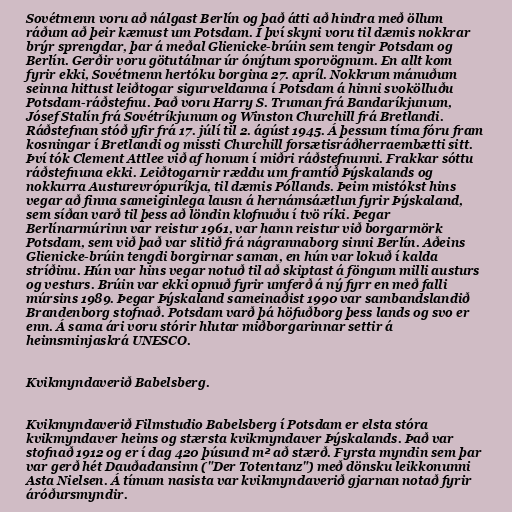
Sovétmenn voru að nálgast Berlín og það átti að hindra með öllum
ráðum að þeir kæmust um Potsdam. Í því skyni voru til dæmis nokkrar
brýr sprengdar, þar á meðal Glienicke-brúin sem tengir Potsdam og
Berlín. Gerðir voru götutálmar úr ónýtum sporvögnum. En allt kom
fyrir ekki, Sovétmenn hertóku borgina 27. apríl. Nokkrum mánuðum
seinna hittust leiðtogar sigurveldanna í Potsdam á hinni svokölluðu
Potsdam-ráðstefnu. Það voru Harry S. Truman frá Bandaríkjunum,
Jósef Stalín frá Sovétríkjunum og Winston Churchill frá Bretlandi.
Ráðstefnan stóð yfir frá 17. júlí til 2. ágúst 1945. Á þessum tíma fóru fram
kosningar í Bretlandi og missti Churchill forsætisráðherraembætti sitt.
Því tók Clement Attlee við af honum í miðri ráðstefnunni. Frakkar sóttu
ráðstefnuna ekki. Leiðtogarnir ræddu um framtíð Þýskalands og
nokkurra Austurevrópuríkja, til dæmis Póllands. Þeim mistókst hins
vegar að finna sameiginlega lausn á hernámsáætlun fyrir Þýskaland,
sem síðan varð til þess að löndin klofnuðu í tvö ríki. Þegar
Berlínarmúrinn var reistur 1961, var hann reistur við borgarmörk
Potsdam, sem við það var slitið frá nágrannaborg sinni Berlín. Aðeins
Glienicke-brúin tengdi borgirnar saman, en hún var lokuð í kalda
stríðinu. Hún var hins vegar notuð til að skiptast á föngum milli austurs
og vesturs. Brúin var ekki opnuð fyrir umferð á ný fyrr en með falli
múrsins 1989. Þegar Þýskaland sameinaðist 1990 var sambandslandið
Brandenborg stofnað. Potsdam varð þá höfuðborg þess lands og svo er
enn. Á sama ári voru stórir hlutar miðborgarinnar settir á
heimsminjaskrá UNESCO.

Kvikmyndaverið Babelsberg.

Kvikmyndaverið Filmstudio Babelsberg í Potsdam er elsta stóra
kvikmyndaver heims og stærsta kvikmyndaver Þýskalands. Það var
stofnað 1912 og er í dag 420 þúsund m² að stærð. Fyrsta myndin sem þar
var gerð hét Dauðadansinn ("Der Totentanz") með dönsku leikkonunni
Asta Nielsen. Á tímum nasista var kvikmyndaverið gjarnan notað fyrir
áróðursmyndir.